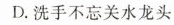
D.洗手不忘关水龙头